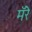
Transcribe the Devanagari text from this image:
मॅरे